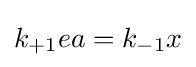
k_{+1}ea=k_{-1}x